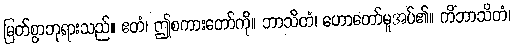
မြတ်စွာဘုရားသည်။ ဧတံ၊ ဤစကားတော်ကို။ ဘာသိတံ၊ ဟောတော်မူအပ်၏။ ကိံဘာသိတံ၊